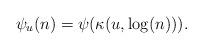
LaTeX: \begin{align*} \psi_u(n)=\psi(\kappa(u,\log(n))).\end{align*}